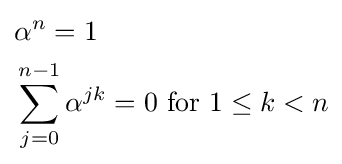
{\begin{aligned}&\alpha ^{n}=1\\&\sum _{j=0}^{n-1}\alpha ^{jk}=0{\text{ for }}1\leq k<n\end{aligned}}